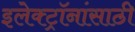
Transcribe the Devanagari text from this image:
इलेक्ट्रॉनांसाठी